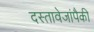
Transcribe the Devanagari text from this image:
दस्तावेजांपैकी